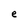
Character: e